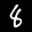
Label: 8